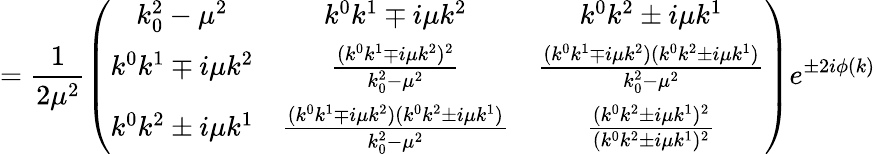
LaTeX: =\frac{1}{2\mu^{2}}\left(\begin{array}{ccc}{{k_{0}^{2}-\mu^{2}}}&{{k^{0}k^{1}\mp i\mu k^{2}}}&{{k^{0}k^{2}\pm i\mu k^{1}}}\\ {{k^{0}k^{1}\mp i\mu k^{2}}}&{{\frac{(k^{0}k^{1}\mp i\mu k^{2})^{2}}{k_{0}^{2}-\mu^{2}}}}&{{\frac{(k^{0}k^{1}\mp i\mu k^{2})(k^{0}k^{2}\pm i\mu k^{1})}{k_{0}^{2}-\mu^{2}}}}\\ {{k^{0}k^{2}\pm i\mu k^{1}}}&{{\frac{(k^{0}k^{1}\mp i\mu k^{2})(k^{0}k^{2}\pm i\mu k^{1})}{k_{0}^{2}-\mu^{2}}}}&{{\frac{(k^{0}k^{2}\pm i\mu k^{1})^{2}}{(k^{0}k^{2}\pm i\mu k^{1})^{2}}}}\end{array}\right)e^{\pm 2i\phi(k)}